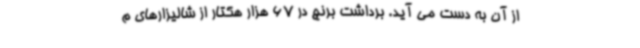
از آن به دست می آید. برداشت برنج در 67 هزار هکتار از شالیزارهای م